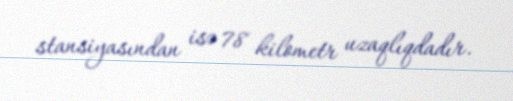
stansiyasından isə 78 kilometr uzaqlıqdadır.